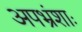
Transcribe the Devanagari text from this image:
अपभ्रंशाः